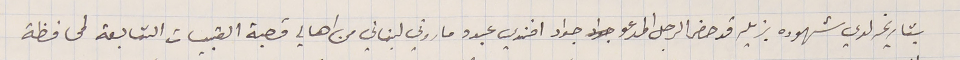
بتاريخه لدي شهوده بزيله قد حضر الرجل المدعو جواد افندي عبدو ماروني لبناني من اهالي قصبة القبيات التابعة لمحافظة